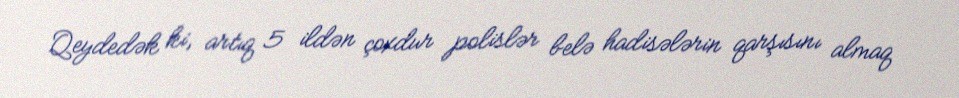
Qeydedək ki, artıq 5 ildən çoxdur polislər belə hadisələrin qarşısını almaq